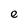
Character: e